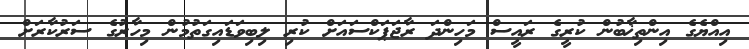
އިއްޔެގެ އިންތިޚާބުން ކުރީގެ ރައީސް މަހިންދަ ރާޖަޕަކްސައަށް ކުރި ލިބިވަޑައިގަތުމުން މިހާރުގެ ސަރުކާރަށް